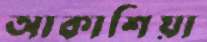
আকাশিয়া